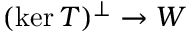
( \ker T ) ^ { \perp } \to W